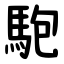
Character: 䮀